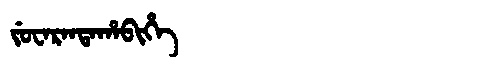
Manchu: ᠵᡠᠸᠠᡵᠠᠨᡨᠠᡥᠠᠪᡳᡥᡝ
Romanization: JUWARANTAHABIHE